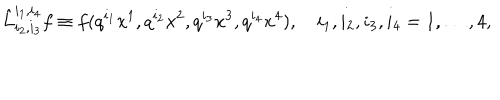
\hat { L } _ { i _ { 2 } , i _ { 3 } } ^ { i _ { 1 } , i _ { 4 } } f \equiv f ( q ^ { i _ { 1 } } x ^ { 1 } , q ^ { i _ { 2 } } x ^ { 2 } , q ^ { i _ { 3 } } x ^ { 3 } , q ^ { i _ { 4 } } x ^ { 4 } ) , \quad i _ { 1 } , i _ { 2 } , i _ { 3 } , i _ { 4 } = 1 , \dots , 4 ,